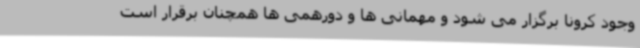
وجود کرونا برگزار می شود و مهمانی ها و دورهمی ها همچنان برقرار است